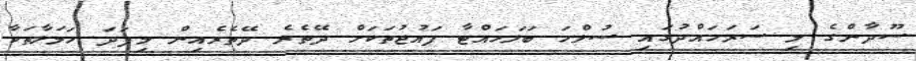
ސޫދާންގެ މި ސަރަހައްދުގައި ސުލްހަ ބަލަހައްޓާ ފައުޖުތަކަށް ދޭތެރެ ދޭތެރެއިން މިފަދަ ހަމަލާތަކާ